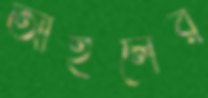
আইলের